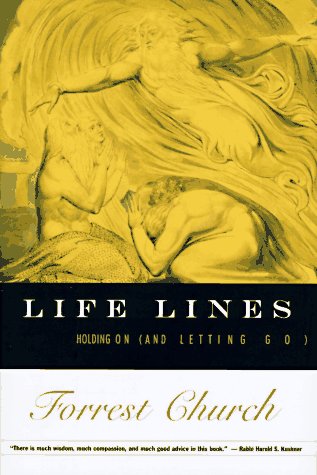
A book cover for Life Lines: Holding on (and Letting Go); Forrest Church; Religion & Spirituality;